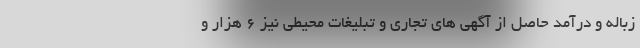
زباله و درآمد حاصل از آگهی های تجاری و تبلیغات محیطی نیز ۶ هزار و